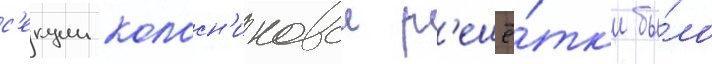
с'екции колосн'иковои р'ешё́тк'и бы́ло